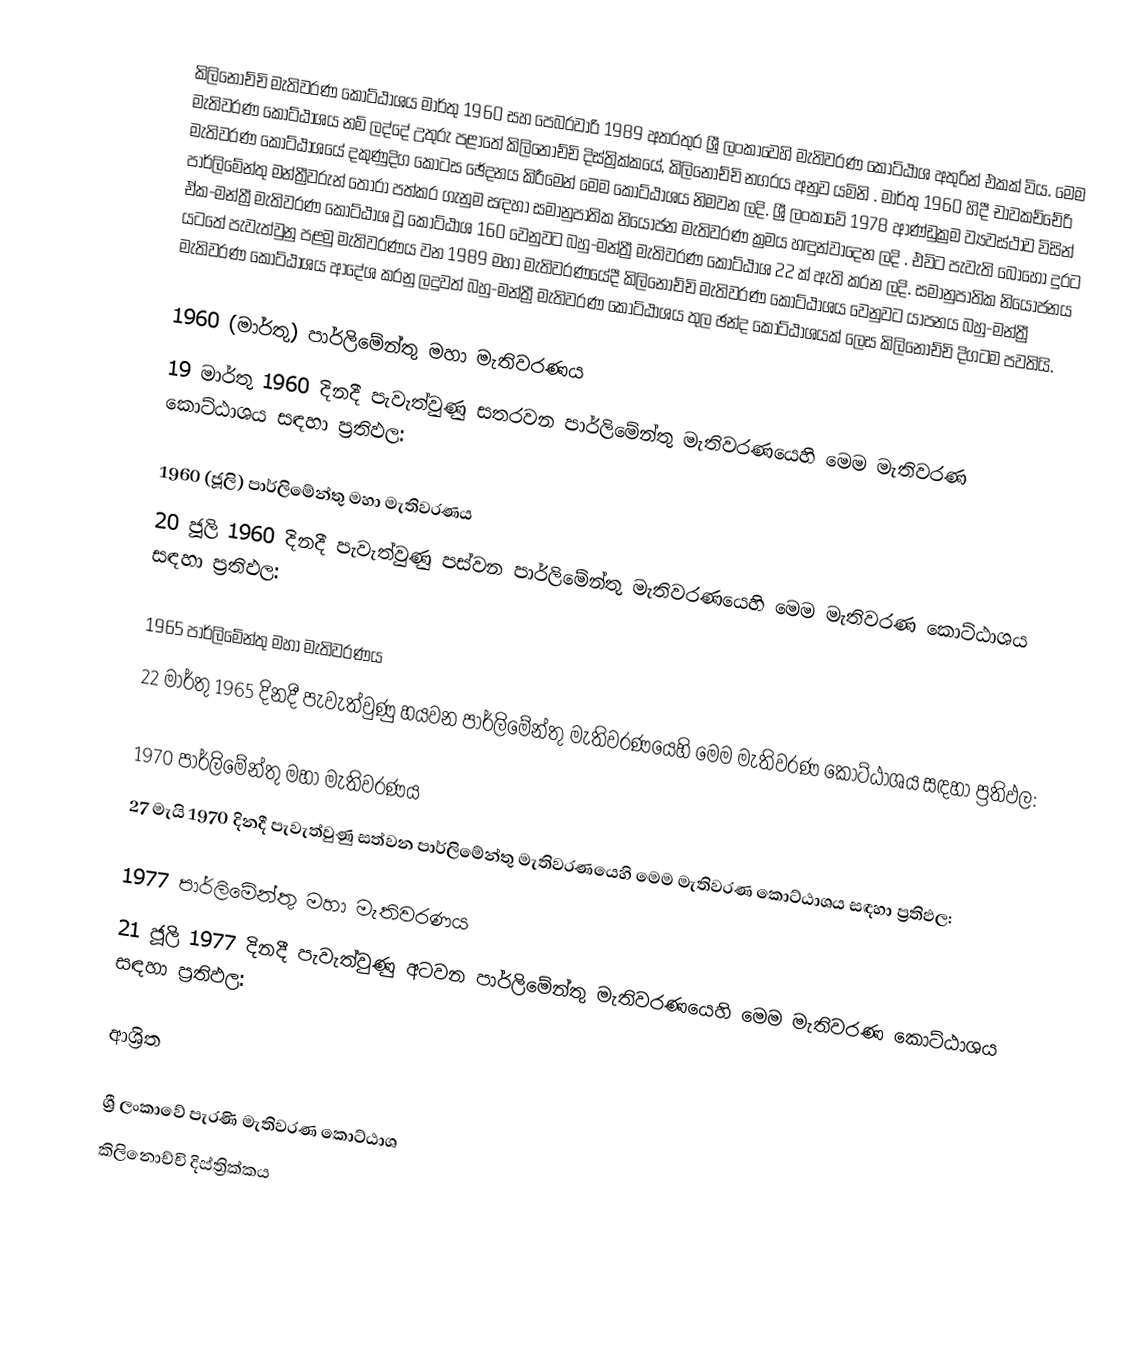
කිලිනොච්චි මැතිවරණ කොට්ඨාශය   මාර්තු 1960 සහ පෙබරවාරි 1989 අතරතුර  ශ්‍රී ලංකාවෙහි  මැතිවරණ කොට්ඨාශ අතුරින් එකක් විය. මෙම මැතිවරණ කොට්ඨාශය නම් ලද්දේ උතුරු පළාතේ  කිලිනොච්චි දිස්ත්‍රික්කයේ,  කිලිනොච්චි නගරය අනුව යමිනි . මාර්තු 1960 හිදී  චාවකච්චේරි මැතිවරණ කොට්ඨාශයේ දකුණුදිග කොටස ඡේදනය කිරීමෙන් මෙම කොට්ඨාශය නිමවන ලදි. ශ්‍රී ලංකාවේ 1978 ආණ්ඩුක්‍රම ව්‍යවස්ථාව විසින්   පාර්ලිමේන්තු මන්ත්‍රීවරුන් තෝරා පත්කර ගැනුම සඳහා සමානුපාතික නියෝජන මැතිවරණ ක්‍රමය හඳුන්වාදෙන ලදි . එවිට පැවැති බොහෝ දුරට  ඒක-මන්ත්‍රී මැතිවරණ කොට්ඨාශ වූ කොට්ඨාශ 160 වෙනුවට බහු-මන්ත්‍රී මැතිවරණ කොට්ඨාශ 22 ක් ඇති කරන ලදි. සමානුපාතික නියෝජනය යටතේ පැවැත්වුනු පළමු මැතිවරණය වන 1989 මහා මැතිවරණයේදී  කිලිනොච්චි මැතිවරණ කොට්ඨාශය වෙනුවට  යාපනය බහු-මන්ත්‍රී මැතිවරණ කොට්ඨාශය  ආදේශ කරනු ලදුවත් බහු-මන්ත්‍රී මැතිවරණ කොට්ඨාශය තුල ඡන්ද කොට්ඨාශයක් ලෙස කිලිනොච්චි දිගටම පවතියි.

1960 (මාර්තු) පාර්ලිමේන්තු මහා මැතිවරණය
19 මාර්තු 1960 දිනදී පැවැත්වුණු  සතරවන පාර්ලිමේන්තු මැතිවරණයෙහි මෙම මැතිවරණ කොට්ඨාශය සඳහා ප්‍රතිඵල:

1960 (ජූලි) පාර්ලිමේන්තු මහා මැතිවරණය
20 ජූලි 1960 දිනදී පැවැත්වුණු  පස්වන පාර්ලිමේන්තු මැතිවරණයෙහි මෙම මැතිවරණ කොට්ඨාශය සඳහා ප්‍රතිඵල:

1965 පාර්ලිමේන්තු මහා මැතිවරණය
22 මාර්තු 1965  දිනදී පැවැත්වුණු  හයවන පාර්ලිමේන්තු මැතිවරණයෙහි මෙම මැතිවරණ කොට්ඨාශය සඳහා ප්‍රතිඵල:

1970 පාර්ලිමේන්තු මහා මැතිවරණය
27 මැයි 1970 දිනදී පැවැත්වුණු සත්වන පාර්ලිමේන්තු මැතිවරණයෙහි මෙම මැතිවරණ කොට්ඨාශය සඳහා ප්‍රතිඵල:

1977 පාර්ලිමේන්තු මහා මැතිවරණය
21 ජූලි 1977 දිනදී පැවැත්වුණු අටවන පාර්ලිමේන්තු මැතිවරණයෙහි මෙම මැතිවරණ කොට්ඨාශය සඳහා ප්‍රතිඵල:

ආශ්‍රිත

ශ්‍රී ලංකාවේ පැරණි මැතිවරණ කොට්ඨාශ
කිලිනොච්චි දිස්ත්‍රික්කය